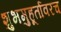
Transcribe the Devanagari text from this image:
शुभमुहूर्तावरच